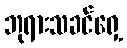
ဘုရားသခင်ရှေ့